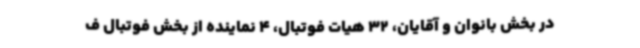
در بخش بانوان و آقایان، 32 هیات فوتبال، 4 نماینده از بخش فوتبال ف